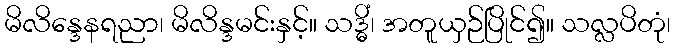
မိလိန္ဒေနရညာ၊ မိလိန္ဒမင်းနှင့်။ သဒ္ဓိံ၊ အတူယှဉ်ပြိုင်၍။ သလ္လပိတုံ၊